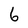
Character: 6